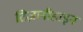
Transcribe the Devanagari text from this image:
टिज़ानीडाइन